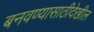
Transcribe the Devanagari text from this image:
बनवण्यासाठीदेखील